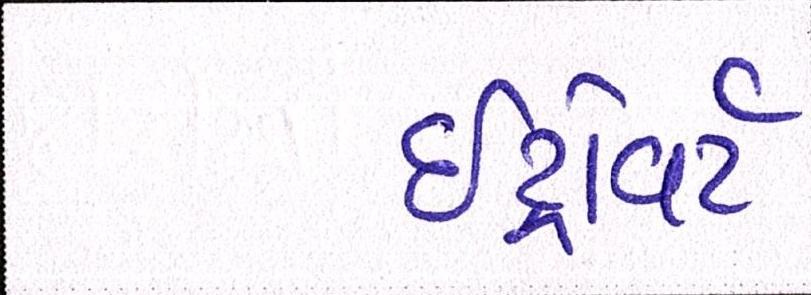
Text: ઇંટ્રોવર્ટ